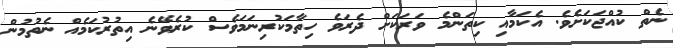
ނެތް ކުއްޖަކަށެވެ. އެކަމާއި ކިތަންމެ ވަރަކަށް ދެރަވެ ހިތާމަކުރިނަމަވެސް ކުރެވޭނެ އިތުރުކަމެއް ނެތުމުން